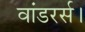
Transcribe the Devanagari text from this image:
वांडरर्स।